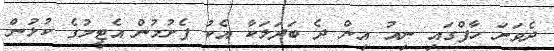
ދެވަނަ ހާފްގައި ނިއު އިން ދެ ބަދަލަކާ އެކު ފެށުމުން އެޓީމުގެ ކުޅުން